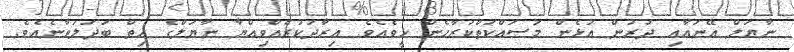
ނާޔަލް އޭނައާއި ދުރުން އުޅެން މަސައްކަތްކުރާހެން ހީވެއެވެ. އިރާދަކުރެއްވިއްޔާ ނާޔަލްގެ ހިތް ބަދަލުވާނެއެވެ.